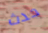
حدث